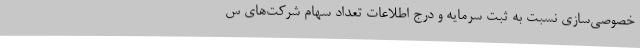
خصوصی‌سازی نسبت به ثبت سرمایه و درج اطلاعات تعداد سهام شرکت‌های س